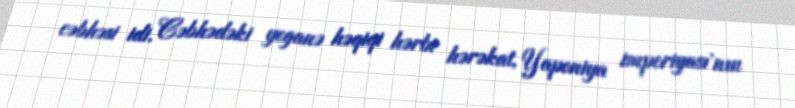
cəbhəsi idi. Cəbhədəki yeganə həqiqi hərbi hərəkat, Yaponiya imperiyası'nın